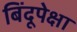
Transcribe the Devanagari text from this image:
बिंदूपेक्षा